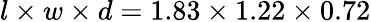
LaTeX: l\times{}w\times{}d=1.83\times{}1.22\times{}0.72